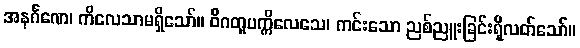
အနင်္ဂဏေ၊ ကိလေသာမရှိသော်။ ဝိဂတူပက္ကိလေသေ၊ ကင်းသော ညစ်ညူးခြင်းရှိလတ်သော်။